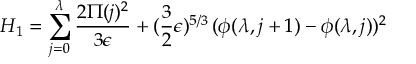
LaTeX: H _ { 1 } = \sum _ { j = 0 } ^ { \lambda } { \frac { 2 \Pi ( j ) ^ { 2 } } { 3 \epsilon } } + ( { \frac { 3 } { 2 } } \epsilon ) ^ { 5 / 3 } \, ( \phi ( \lambda , j + 1 ) - \phi ( \lambda , j ) ) ^ { 2 }